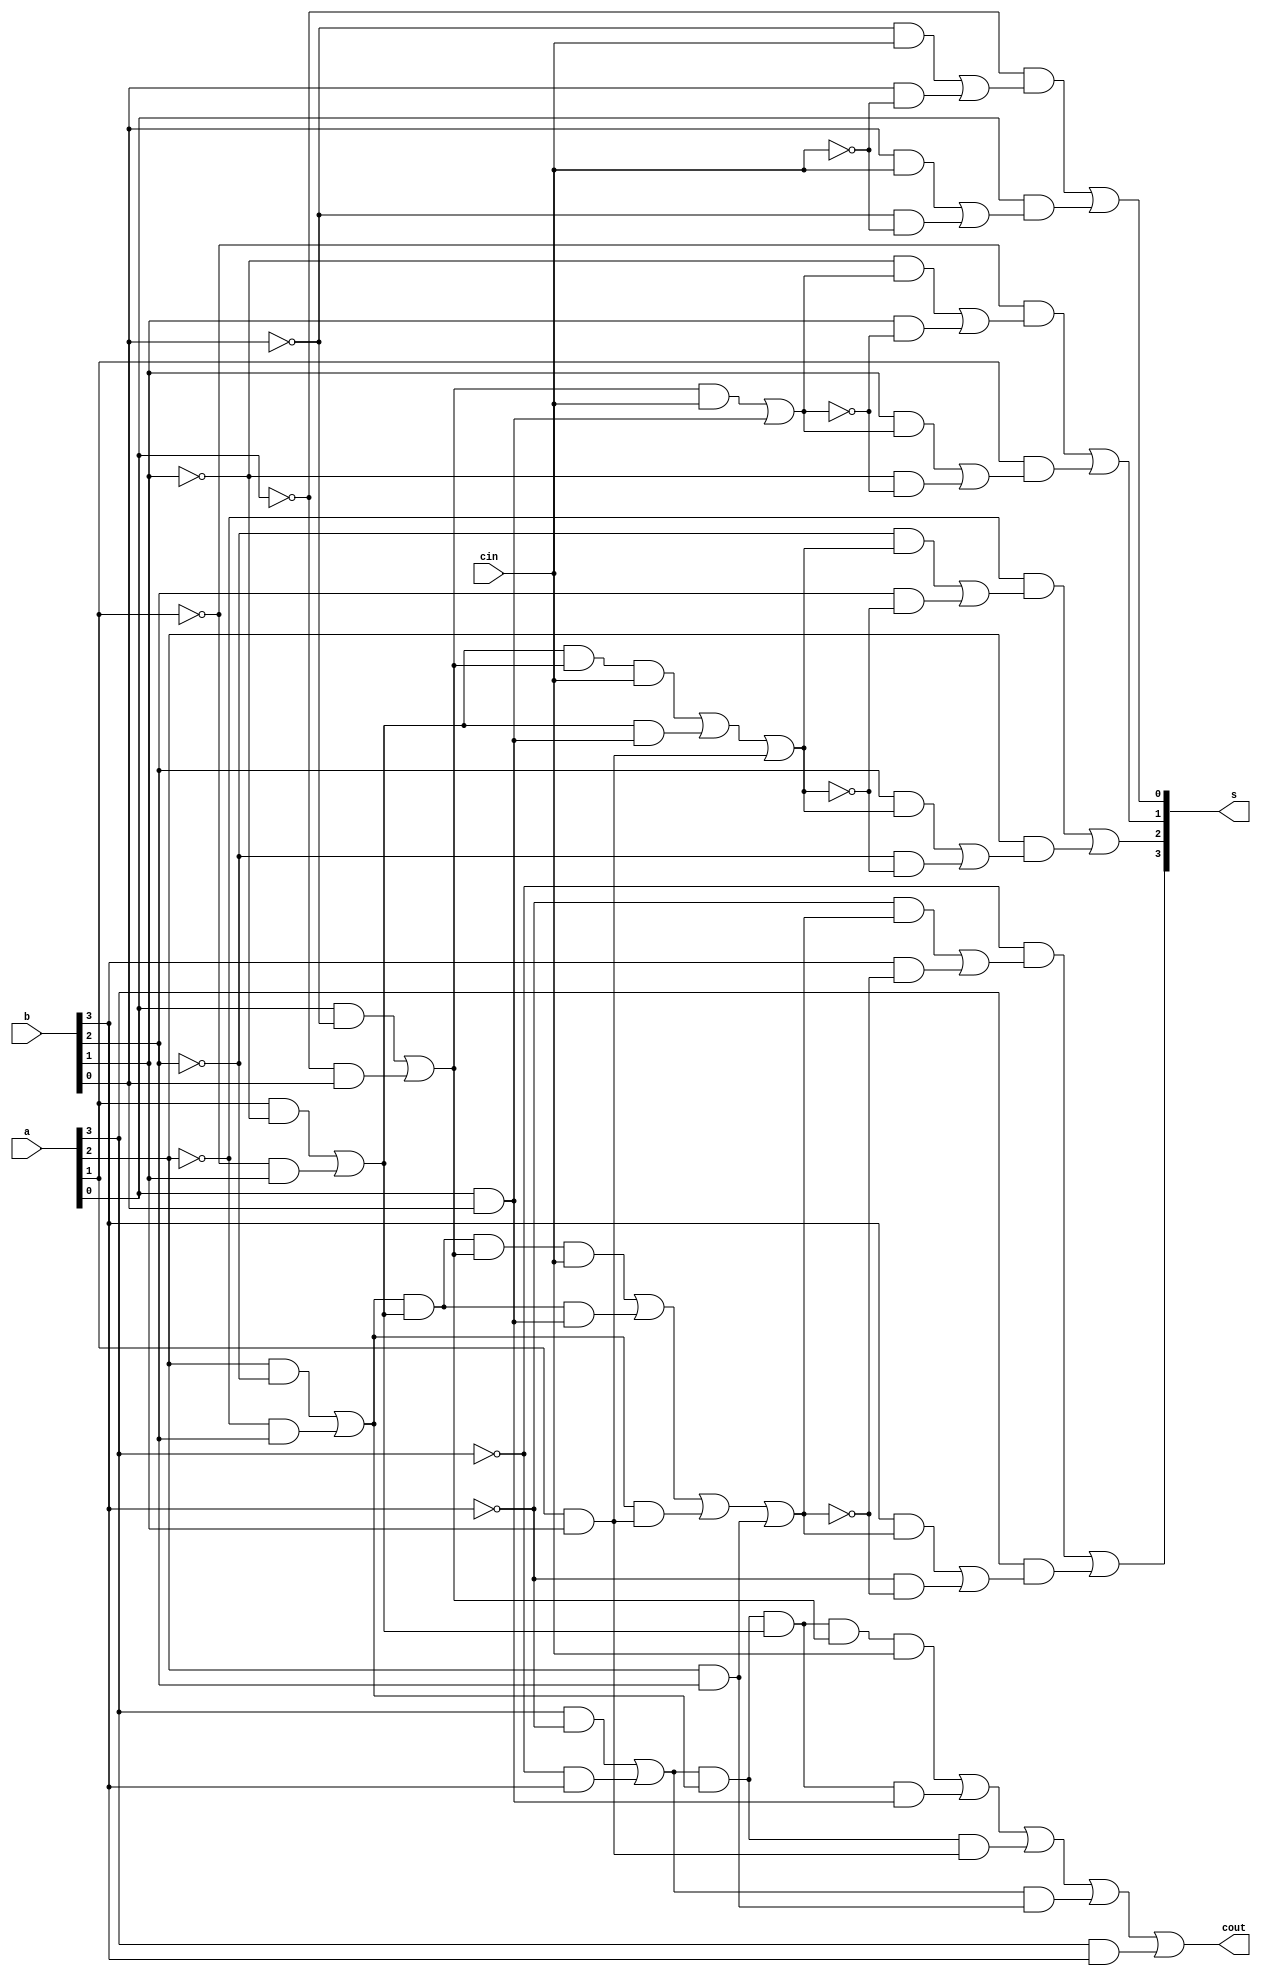
module LookAheadAdder(a,b,cin,s,cout);
	input wire [3:0]a;
	input wire [3:0]b;
	input wire cin;
	output wire [3:0]s;
	output wire cout;
	wire [3:0]c;
	wire [3:0]G;
	wire [3:0]P;
	assign G[3]=a[3]&&b[3];
	assign G[2]=a[2]&&b[2];
	assign G[1]=a[1]&&b[1];
	assign G[0]=a[0]&&b[0];
	assign P[3]=a[3]&&~b[3]||~a[3]&&b[3];
	assign P[2]=a[2]&&~b[2]||~a[2]&&b[2];
	assign P[1]=a[1]&&~b[1]||~a[1]&&b[1];
	assign P[0]=a[0]&&~b[0]||~a[0]&&b[0];
	wire [3:0]c3;
	wire [2:0]c2;
	wire [1:0]c1;
	and(c3[0],P[3],P[2],P[1],P[0],cin);
	and(c3[1],P[3],P[2],P[1],G[0]);
	and(c3[2],P[3],P[2],G[1]);
	and(c3[3],P[3],G[2]);
	and(c2[0],P[2],P[1],P[0],cin);
	and(c2[1],P[2],P[1],G[0]);
	and(c2[2],P[2],G[1]);
	and(c1[0],P[1],P[0],cin);
	and(c1[1],P[1],G[0]);
	and(c0,P[0],cin);
	or(cout,c3[0],c3[1],c3[2],c3[3],G[3]);
	or(c[2],c2[0],c2[1],c2[2],G[2]);
	or(c[1],c1[0],c1[1],G[1]);
	or(c[0],c0,G[0]);
	assign s[0]=~a[0]&&(~b[0]&&cin||b[0]&&~cin)||a[0]&&(b[0]&&cin||~b[0]&&~cin);
	assign s[1]=~a[1]&&(~b[1]&&c[0]||b[1]&&~c[0])||a[1]&&(b[1]&&c[0]||~b[1]&&~c[0]);
	assign s[2]=~a[2]&&(~b[2]&&c[1]||b[2]&&~c[1])||a[2]&&(b[2]&&c[1]||~b[2]&&~c[1]);
	assign s[3]=~a[3]&&(~b[3]&&c[2]||b[3]&&~c[2])||a[3]&&(b[3]&&c[2]||~b[3]&&~c[2]);
endmodule